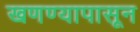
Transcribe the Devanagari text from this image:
खणण्यापासून